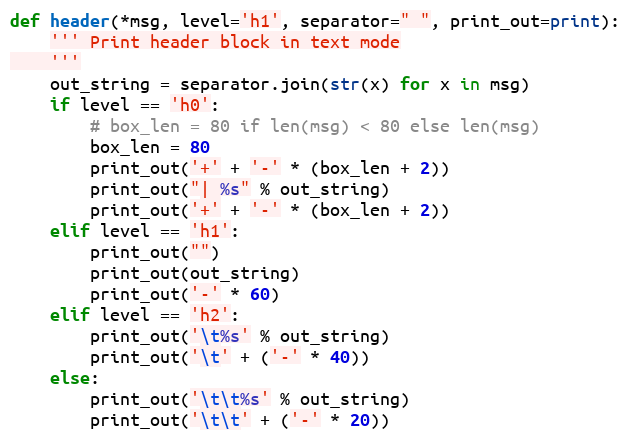
Language: Python
def header(*msg, level='h1', separator=" ", print_out=print):
    ''' Print header block in text mode
    '''
    out_string = separator.join(str(x) for x in msg)
    if level == 'h0':
        # box_len = 80 if len(msg) < 80 else len(msg)
        box_len = 80
        print_out('+' + '-' * (box_len + 2))
        print_out("| %s" % out_string)
        print_out('+' + '-' * (box_len + 2))
    elif level == 'h1':
        print_out("")
        print_out(out_string)
        print_out('-' * 60)
    elif level == 'h2':
        print_out('\t%s' % out_string)
        print_out('\t' + ('-' * 40))
    else:
        print_out('\t\t%s' % out_string)
        print_out('\t\t' + ('-' * 20))